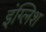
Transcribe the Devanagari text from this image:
इंग्‍लिश